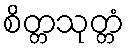
စိတ္တသုတ္တံ